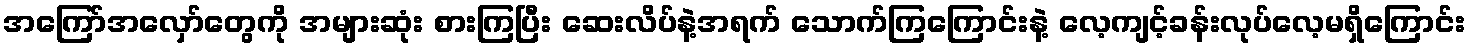
အကြော်အလှော်တွေကို အများဆုံး စားကြပြီး ဆေးလိပ်နဲ့အရက် သောက်ကြကြောင်းနဲ့ လေ့ကျင့်ခန်းလုပ်လေ့မရှိကြောင်း